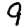
Digit: 9